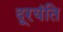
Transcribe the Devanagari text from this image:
दूरयंति